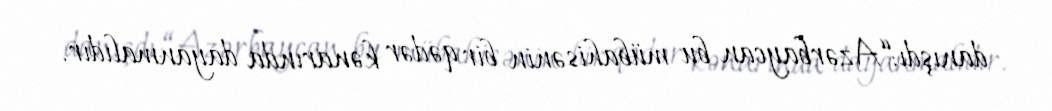
danışdı:“Azərbaycan bu mübahisənin bir qədər kənarında dayanmalıdır.